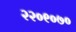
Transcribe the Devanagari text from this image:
२२०९०७०